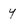
Character: Y